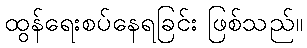
ထွန်ရေးစပ်နေရခြင်း ဖြစ်သည်။